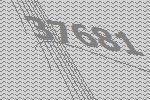
37681